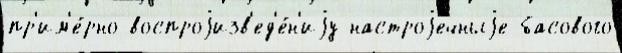
пр'им'е́рно воспроjизв'ед'е́н'иjу настроjечныjе басового